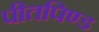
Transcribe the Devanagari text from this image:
पीतपिण्ड